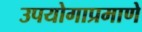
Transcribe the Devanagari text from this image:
उपयोगाप्रमाणे